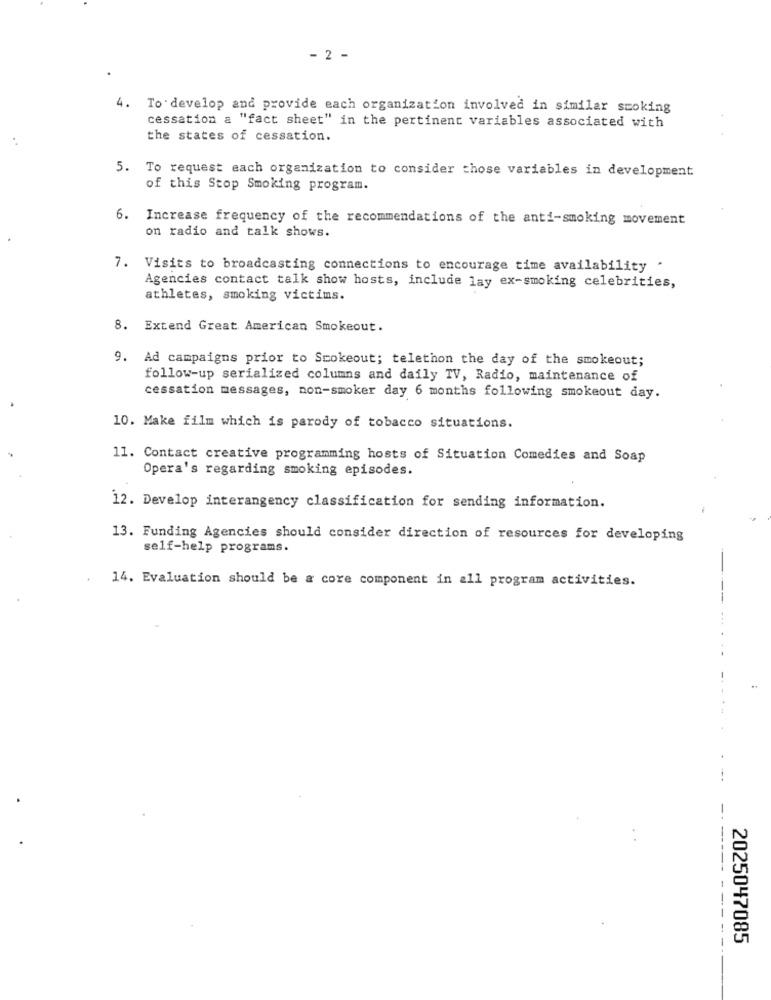
- 2 -
4. To develop and provide each organization involved in similar smoking
cessation a "fact sheet" in the pertinent variables associated with
the states of cessation.
5. To request each organization to consider those variables in development
of this Stop Smoking program.
6. Increase frequency of the recommendations of the anti-smoking movement
on radio and talk shows.
7. Visits to broadcasting connections to encourage time availability .
Agencies contact talk show hosts, include lay ex-smoking celebrities,
athletes, smoking victims.
8. Extend Great American Smokeout.
9. Ad campaigns prior to Smokeout; telethon the day of the smokeout;
follow-up serialized columns and daily TV, Radio, maintenance of
cessation messages, non-smoker day 6 months following smokeout day.
10. Make film which is parody of tobacco situations.
11. Contact creative programming hosts of Situation Comedies and Soap
Opera's regarding smoking episodes.
12. Develop interangency classification for sending information.
13. Funding Agencies should consider direction of resources for developing
self-help programs.
14. Evaluation should be & core component in all program activities.
..
--
2025047085